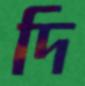
দি